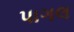
પાગલ